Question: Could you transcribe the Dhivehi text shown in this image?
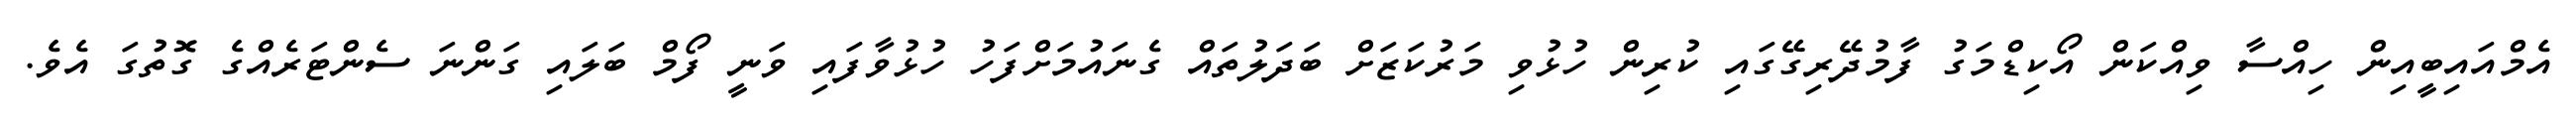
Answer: އެމްއައިބީއިން ހިއްސާ ވިއްކަން އޯކިޑްމަގު ފާމުދޭރިގޭގައި ކުރިން ހުޅުވި މަރުކަޒަށް ބަދަލުތައް ގެނައުމަށްފަހު ހުޅުވާފައި ވަނީ ފޯމް ބަލައި ގަންނަ ސެންޓަރެއްގެ ގޮތުގަ އެވެ.